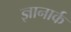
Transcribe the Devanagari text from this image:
ज्ञानार्क